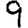
Digit: 9